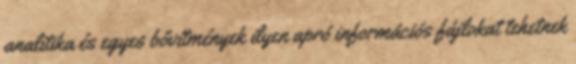
analitika és egyes bővítmények ilyen apró információs fájlokat tehetnek